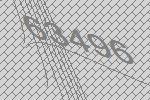
63496